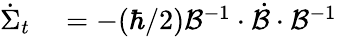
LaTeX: \begin{array}{rl}{\dot{\Sigma}_{t}}&{{}=-(\hbar/2)\mathcal{B}^{-1}\cdot\mathcal{\dot{B}}\cdot\mathcal{B}^{-1}}\end{array}